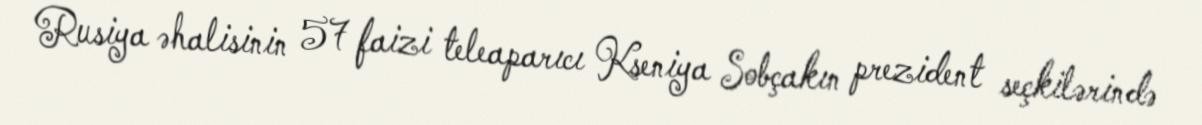
Rusiya əhalisinin 57 faizi teleaparıcı Kseniya Sobçakın prezident seçkilərində